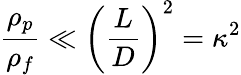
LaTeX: \frac{\rho_{p}}{\rho_{f}}\ll\left({\frac{L}{D}}\right)^{2}={\kappa}^{2}